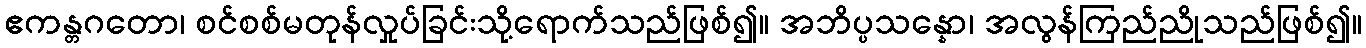
ဧကန္တဂတော၊ စင်စစ်မတုန်လှုပ်ခြင်းသို့ရောက်သည်ဖြစ်၍။ အဘိပ္ပသန္နော၊ အလွန်ကြည်ညိုသည်ဖြစ်၍။